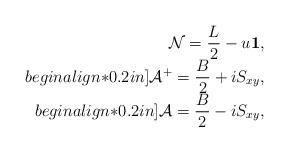
LaTeX: \begin{align*}\begin{array}{rl}\displaystyle {\cal N}= \frac{L}{2}-u{\bf 1}, \\begin{align*}0.2in]\displaystyle {\cal A}^+ = \frac{B}{2}+ i S_{xy}, \\begin{align*}0.2in]\displaystyle {\cal A} = \frac{B}{2}- i S_{xy},\end{array}\end{align*}